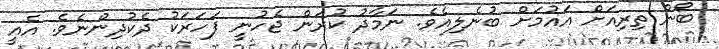
ބޯން ތިރިއަށް އައުމަށް ބުނެލިއެވެ. ނަމާދު ކުރަން ޖެހުނީ ފަހަރަކު ދެކުދިންނެވެ. އެއީ